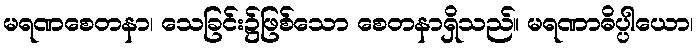
မရဏစေတနာ၊ သေခြင်း၌ဖြစ်သော စေတနာရှိသည်။ မရဏာဓိပ္ပါယော၊